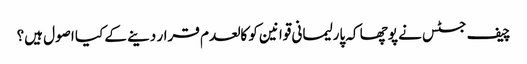
چیف جسٹس نے پوچھا کہ پارلیمانی قوانین کو کالعدم قرار دینے کے کیا اصول ہیں؟